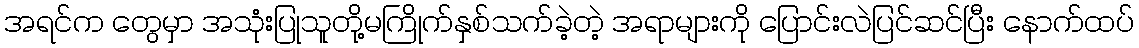
အရင်က တွေမှာ အသုံးပြုသူတို့မကြိုက်နှစ်သက်ခဲ့တဲ့ အရာများကို ပြောင်းလဲပြင်ဆင်ပြီး နောက်ထပ်